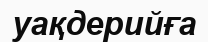
уақдерийға